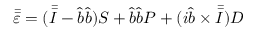
\bar { \bar { \varepsilon } } = ( \bar { \bar { I } } - \hat { b } \hat { b } ) S + \hat { b } \hat { b } P + ( i \hat { b } \times \bar { \bar { I } } ) D